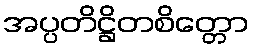
အပ္ပတိဋ္ဌိတစိတ္တော